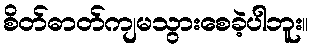
စိတ်ဓာတ်ကျမသွားစေခဲ့ပါဘူး။